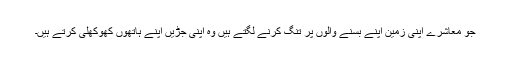
جو معاشرے اپنی زمین اپنے بسنے والوں پر تنگ کرنے لگتے ہیں وہ اپنی جڑیں اپنے ہاتھوں کھوکھلی کرتے ہیں۔